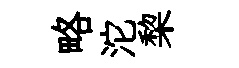
略沱棃